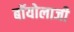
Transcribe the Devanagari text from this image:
बॉयोलाजी